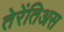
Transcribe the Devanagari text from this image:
तेरेंतिअस